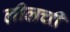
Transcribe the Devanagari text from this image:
लीलची